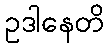
ဥဒါနေတိ